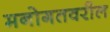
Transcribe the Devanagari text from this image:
मनोगतवरील